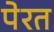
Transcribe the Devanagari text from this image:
पेरत